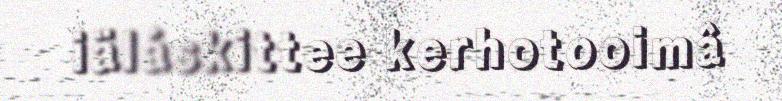
iäláskittee kerhotooimâ